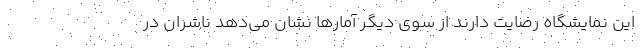
این نمایشگاه رضایت دارند از سوی دیگر آمار‌ها نشان می‌دهد ناشران در